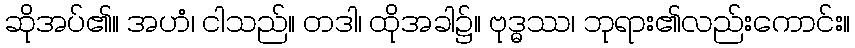
ဆိုအပ်၏။ အဟံ၊ ငါသည်။ တဒါ၊ ထိုအခါ၌။ ဗုဒ္ဓဿ၊ ဘုရား၏လည်းကောင်း။